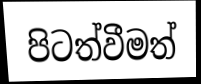
පිටත්වීමත්